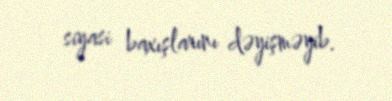
siyasi baxışlarını dəyişməyib.